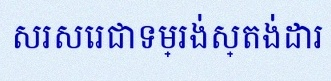
សរសេរជាទម្រង់ស្តង់ដារ